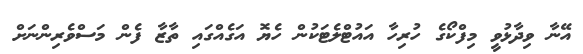
އޭނާ ވިދާޅުވީ މިފްކޯގެ ހުރިހާ އައުޓްލެޓަކުން ހެޔޮ އަގެއްގައި ތާޒާ ފެން މަސްވެރިންނަށް